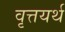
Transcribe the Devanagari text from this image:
वृत्तयर्थ